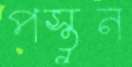
পস্তুন